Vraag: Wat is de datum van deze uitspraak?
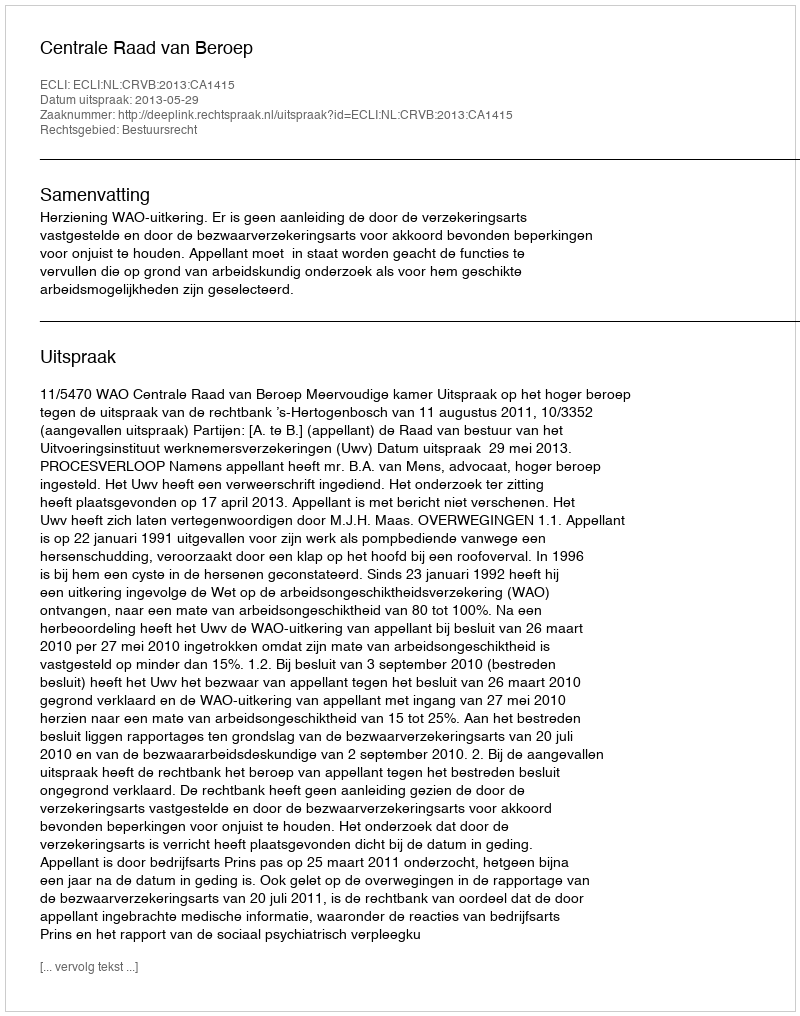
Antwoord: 2013-05-29